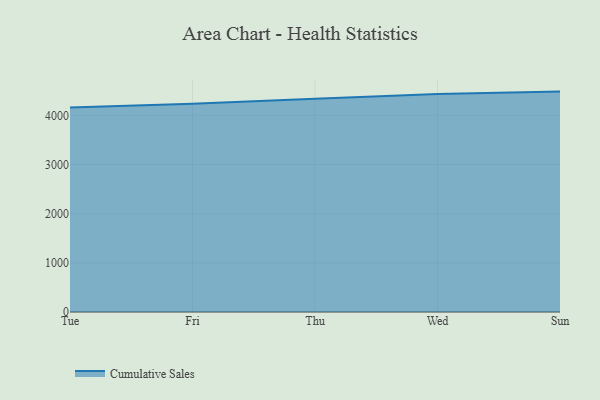
{"axis": {"x": "Day", "y": "Net Income (USD K)"}, "legend": ["Cumulative Sales"], "data": [{"x": "Tue", "y": 4159.5, "type": "Cumulative Sales"}, {"x": "Fri", "y": 4234.5, "type": "Cumulative Sales"}, {"x": "Thu", "y": 4335.7, "type": "Cumulative Sales"}, {"x": "Wed", "y": 4430.8, "type": "Cumulative Sales"}, {"x": "Sun", "y": 4482.0, "type": "Cumulative Sales"}]}